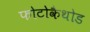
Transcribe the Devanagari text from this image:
फोटोकैथोड